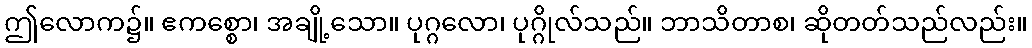
ဤလောက၌။ ဧကစ္စော၊ အချို့သော။ ပုဂ္ဂလော၊ ပုဂ္ဂိုလ်သည်။ ဘာသိတာစ၊ ဆိုတတ်သည်လည်း။